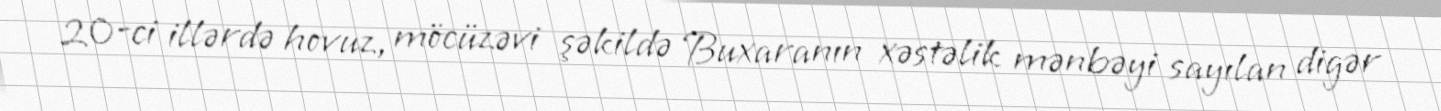
20-ci illərdə hovuz, möcüzəvi şəkildə Buxaranın xəstəlik mənbəyi sayılan digər